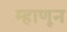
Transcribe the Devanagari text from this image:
म्हाणून